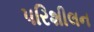
પરિશીલન